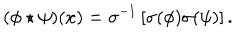
( \phi \star \psi ) ( x ) = \sigma ^ { - 1 } \left[ \sigma ( \phi ) \sigma ( \psi ) \right] .